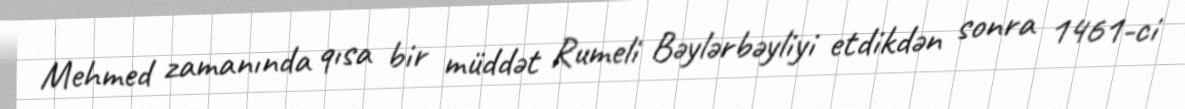
Mehmed zamanında qısa bir müddət Rumeli Bəylərbəyliyi etdikdən sonra 1461-ci